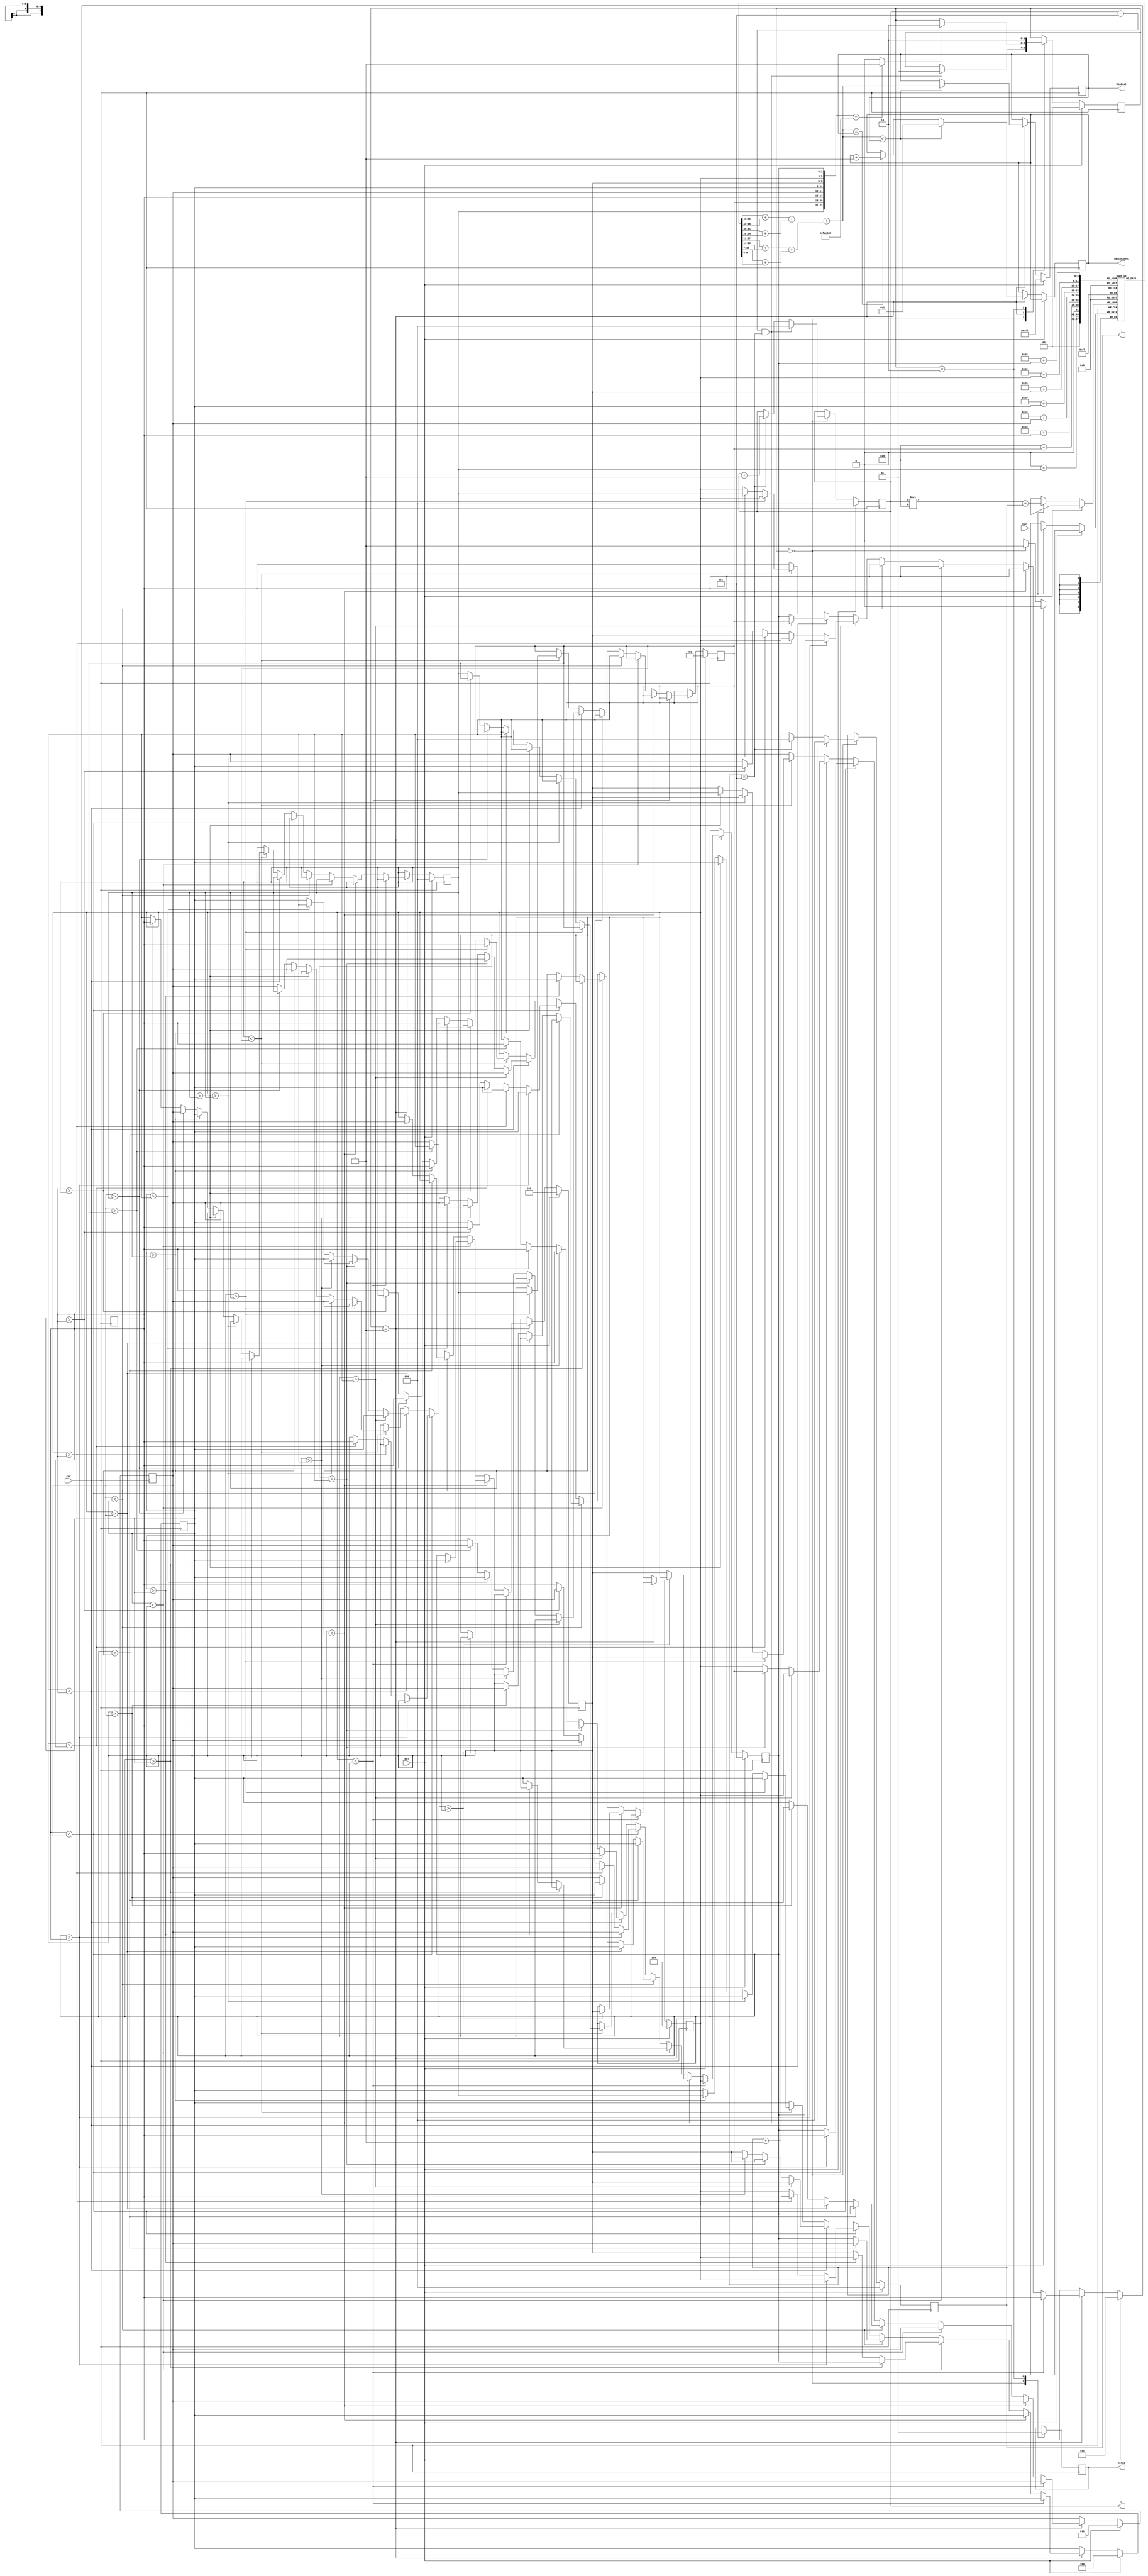
//EEGuizhi  (Behavior & Syn sim Correct) (Cycles: 40000; Cell area: 29423; Total area: 257017)
module JAM (
    input CLK,
    input RST,
    output reg [2:0] W,
    output reg [2:0] J,
    input [6:0] Cost,
    output reg [3:0] MatchCount,
    output reg [9:0] MinCost,
    output reg Valid );

    reg [1:0] state;  // 0:input  1:calc  2:output  3:none
    reg [6:0] cost_data [0:7][0:7];  // WorkersJobs
    reg [2:0] job [0:7];  // nWorkerJob = job[n]
    reg [2:0] next_job [0:7];
    
    wire [9:0] TotalCost;
    
    assign TotalCost    = ((cost_data[0][job[0]] + cost_data[1][job[1]])
                        + (cost_data[2][job[2]] + cost_data[3][job[3]]))
                        + ((cost_data[4][job[4]] + cost_data[5][job[5]])
                        + (cost_data[6][job[6]] + cost_data[7][job[7]]));

    parameter INPUT = 0;
    parameter CALC = 1;
    parameter OUTPUT = 2;


    // Next jobs assignment (by)
    always @(*) begin
        if(job[6] < job[7]) begin // 7>6
            next_job[0] = job[0];
            next_job[1] = job[1];
            next_job[2] = job[2];
            next_job[3] = job[3];
            next_job[4] = job[4];
            next_job[5] = job[5];
            next_job[6] = job[7];
            next_job[7] = job[6];
        end
        else if(job[5] < job[6]) begin // 6>7 & 6>5
            if(job[7] > job[5]) begin // 6>7>5
                next_job[0] = job[0];
                next_job[1] = job[1];
                next_job[2] = job[2];
                next_job[3] = job[3];
                next_job[4] = job[4];
                next_job[5] = job[7];
                next_job[6] = job[5];
                next_job[7] = job[6];
            end
            else begin // 6>5>7
                next_job[0] = job[0];
                next_job[1] = job[1];
                next_job[2] = job[2];
                next_job[3] = job[3];
                next_job[4] = job[4];
                next_job[5] = job[6];
                next_job[6] = job[7];
                next_job[7] = job[5];
            end
        end
        else if(job[4] < job[5]) begin // 5>4 & 5>6>7
            if(job[7] > job[4]) begin // 5>6>7>4
                next_job[0] = job[0];
                next_job[1] = job[1];
                next_job[2] = job[2];
                next_job[3] = job[3];
                next_job[4] = job[7];
                next_job[5] = job[4];
                next_job[6] = job[6];
                next_job[7] = job[5];
            end
            else if(job[6] > job[4]) begin // 5>6>4>7
                next_job[0] = job[0];
                next_job[1] = job[1];
                next_job[2] = job[2];
                next_job[3] = job[3];
                next_job[4] = job[6];
                next_job[5] = job[7];
                next_job[6] = job[4];
                next_job[7] = job[5];
            end
            else begin // 5>4>6>7
                next_job[0] = job[0];
                next_job[1] = job[1];
                next_job[2] = job[2];
                next_job[3] = job[3];
                next_job[4] = job[5];
                next_job[5] = job[7];
                next_job[6] = job[6];
                next_job[7] = job[4];
            end
        end
        else if(job[3] < job[4]) begin // 4>3 & 4>5>6>7
            if(job[7] > job[3]) begin // 4>5>6>7>3
                next_job[0] = job[0];
                next_job[1] = job[1];
                next_job[2] = job[2];
                next_job[3] = job[7];
                next_job[4] = job[3];
                next_job[5] = job[6];
                next_job[6] = job[5];
                next_job[7] = job[4];
            end
            else if(job[6] > job[3]) begin // 4>5>6>3>7
                next_job[0] = job[0];
                next_job[1] = job[1];
                next_job[2] = job[2];
                next_job[3] = job[6];
                next_job[4] = job[7];
                next_job[5] = job[3];
                next_job[6] = job[5];
                next_job[7] = job[4];
            end
            else if(job[5] > job[3]) begin // 4>5>3>6>7
                next_job[0] = job[0];
                next_job[1] = job[1];
                next_job[2] = job[2];
                next_job[3] = job[5];
                next_job[4] = job[7];
                next_job[5] = job[6];
                next_job[6] = job[3];
                next_job[7] = job[4];
            end
            else begin // 4>3>5>6>7
                next_job[0] = job[0];
                next_job[1] = job[1];
                next_job[2] = job[2];
                next_job[3] = job[4];
                next_job[4] = job[7];
                next_job[5] = job[6];
                next_job[6] = job[5];
                next_job[7] = job[3];
            end
        end
        else if(job[2] < job[3]) begin // 3>2 & 3>4>5>6>7
            if(job[7] > job[2]) begin
                next_job[0] = job[0];
                next_job[1] = job[1];
                next_job[2] = job[7];
                next_job[3] = job[2];
                next_job[4] = job[6];
                next_job[5] = job[5];
                next_job[6] = job[4];
                next_job[7] = job[3];
            end
            else if(job[6] > job[2]) begin
                next_job[0] = job[0];
                next_job[1] = job[1];
                next_job[2] = job[6];
                next_job[3] = job[7];
                next_job[4] = job[2];
                next_job[5] = job[5];
                next_job[6] = job[4];
                next_job[7] = job[3];
            end
            else if(job[5] > job[2]) begin
                next_job[0] = job[0];
                next_job[1] = job[1];
                next_job[2] = job[5];
                next_job[3] = job[7];
                next_job[4] = job[6];
                next_job[5] = job[2];
                next_job[6] = job[4];
                next_job[7] = job[3];
            end
            else if(job[4] > job[2]) begin
                next_job[0] = job[0];
                next_job[1] = job[1];
                next_job[2] = job[4];
                next_job[3] = job[7];
                next_job[4] = job[6];
                next_job[5] = job[5];
                next_job[6] = job[2];
                next_job[7] = job[3];
            end
            else begin
                next_job[0] = job[0];
                next_job[1] = job[1];
                next_job[2] = job[3];
                next_job[3] = job[7];
                next_job[4] = job[6];
                next_job[5] = job[5];
                next_job[6] = job[4];
                next_job[7] = job[2];
            end
        end
        else if(job[1] < job[2]) begin // 2>1 & 2>3>4>5>6>7
            if(job[7] > job[1]) begin
                next_job[0] = job[0];
                next_job[1] = job[7];
                next_job[2] = job[1];
                next_job[3] = job[6];
                next_job[4] = job[5];
                next_job[5] = job[4];
                next_job[6] = job[3];
                next_job[7] = job[2];
            end
            else if(job[6] > job[1]) begin
                next_job[0] = job[0];
                next_job[1] = job[6];
                next_job[2] = job[7];
                next_job[3] = job[1];
                next_job[4] = job[5];
                next_job[5] = job[4];
                next_job[6] = job[3];
                next_job[7] = job[2];
            end
            else if(job[5] > job[1]) begin
                next_job[0] = job[0];
                next_job[1] = job[5];
                next_job[2] = job[7];
                next_job[3] = job[6];
                next_job[4] = job[1];
                next_job[5] = job[4];
                next_job[6] = job[3];
                next_job[7] = job[2];
            end
            else if(job[4] > job[1]) begin
                next_job[0] = job[0];
                next_job[1] = job[4];
                next_job[2] = job[7];
                next_job[3] = job[6];
                next_job[4] = job[5];
                next_job[5] = job[1];
                next_job[6] = job[3];
                next_job[7] = job[2];
            end
            else if(job[3] > job[1]) begin
                next_job[0] = job[0];
                next_job[1] = job[3];
                next_job[2] = job[7];
                next_job[3] = job[6];
                next_job[4] = job[5];
                next_job[5] = job[4];
                next_job[6] = job[1];
                next_job[7] = job[2];
            end
            else begin
                next_job[0] = job[0];
                next_job[1] = job[2];
                next_job[2] = job[7];
                next_job[3] = job[6];
                next_job[4] = job[5];
                next_job[5] = job[4];
                next_job[6] = job[3];
                next_job[7] = job[1];
            end
        end
        else if(job[0] < job[1]) begin // 1>0 & 1>2>3>4>5>6>7
            if(job[7] > job[0]) begin
                next_job[0] = job[7];
                next_job[1] = job[0];
                next_job[2] = job[6];
                next_job[3] = job[5];
                next_job[4] = job[4];
                next_job[5] = job[3];
                next_job[6] = job[2];
                next_job[7] = job[1];
            end
            else if(job[6] > job[0]) begin
                next_job[0] = job[6];
                next_job[1] = job[7];
                next_job[2] = job[0];
                next_job[3] = job[5];
                next_job[4] = job[4];
                next_job[5] = job[3];
                next_job[6] = job[2];
                next_job[7] = job[1];
            end
            else if(job[5] > job[0]) begin
                next_job[0] = job[5];
                next_job[1] = job[7];
                next_job[2] = job[6];
                next_job[3] = job[0];
                next_job[4] = job[4];
                next_job[5] = job[3];
                next_job[6] = job[2];
                next_job[7] = job[1];
            end
            else if(job[4] > job[0]) begin
                next_job[0] = job[4];
                next_job[1] = job[7];
                next_job[2] = job[6];
                next_job[3] = job[5];
                next_job[4] = job[0];
                next_job[5] = job[3];
                next_job[6] = job[2];
                next_job[7] = job[1];
            end
            else if(job[3] > job[0]) begin
                next_job[0] = job[3];
                next_job[1] = job[7];
                next_job[2] = job[6];
                next_job[3] = job[5];
                next_job[4] = job[4];
                next_job[5] = job[0];
                next_job[6] = job[2];
                next_job[7] = job[1];
            end
            else if(job[2] > job[0]) begin
                next_job[0] = job[2];
                next_job[1] = job[7];
                next_job[2] = job[6];
                next_job[3] = job[5];
                next_job[4] = job[4];
                next_job[5] = job[3];
                next_job[6] = job[0];
                next_job[7] = job[1];
            end
            else begin
                next_job[0] = job[1];
                next_job[1] = job[7];
                next_job[2] = job[6];
                next_job[3] = job[5];
                next_job[4] = job[4];
                next_job[5] = job[3];
                next_job[6] = job[2];
                next_job[7] = job[0];
            end
        end
        else begin // 0>1>2>3>4>5>6>7 Final
            next_job[0] = job[0];
            next_job[1] = job[1];
            next_job[2] = job[2];
            next_job[3] = job[3];
            next_job[4] = job[4];
            next_job[5] = job[5];
            next_job[6] = job[6];
            next_job[7] = job[7];
        end
    end


    wire done;
    assign done = ({job[0], job[1], job[2], job[3], job[4], job[5], job[6], job[7]} == 24'o76543210) ? 1 : 0;

    always @(posedge CLK) begin
        if(RST) begin  // reset
            W <= 0;
            J <= 0;
            state <= INPUT;
            MinCost <= 1023;

            job[0] <= 0;  // initial jobs
            job[1] <= 1;
            job[2] <= 2;
            job[3] <= 3;
            job[4] <= 4;
            job[5] <= 5;
            job[6] <= 6;
            job[7] <= 7;
        end
        else begin
            case (state)
                INPUT: begin
                    cost_data[W][J] <= Cost;
                    if(W == 7 && J == 7) begin
                        J <= 0;
                        W <= 0;
                        state <= CALC;  // next state
                    end
                    else if(J == 7) begin
                        W <= W + 1;
                        J <= 0;
                    end
                    else begin
                        J <= J + 1;
                    end   
                end
                CALC: begin
                    // MinCost, MatchCount
                    if(TotalCost < MinCost) begin  // smaller
                        MinCost <= TotalCost;
                        MatchCount <= 1;
                    end
                    else if(TotalCost == MinCost) begin  // equal
                        MatchCount <= MatchCount + 1;
                    end

                    // Jobs assignment
                    if(done) begin
                        state <= OUTPUT;  // next state
                    end
                    job[0] <= next_job[0];
                    job[1] <= next_job[1];
                    job[2] <= next_job[2];
                    job[3] <= next_job[3];
                    job[4] <= next_job[4];
                    job[5] <= next_job[5];
                    job[6] <= next_job[6];
                    job[7] <= next_job[7];
                end
                OUTPUT: begin
                    state <= OUTPUT;
                end
            endcase
        end
    end

    always @(negedge CLK) begin
        case (state)
            INPUT: begin
                Valid <= 0;
            end
            OUTPUT: begin
                Valid <= 1;
            end
        endcase
    end

endmodule